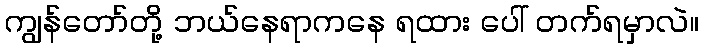
ကျွန်တော်တို့ ဘယ်နေရာကနေ ရထား ပေါ် တက်ရမှာလဲ။